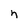
Character: n